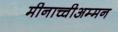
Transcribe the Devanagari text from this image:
मीनाच्चीअम्मन